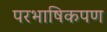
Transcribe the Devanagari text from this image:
परभाषिकपण